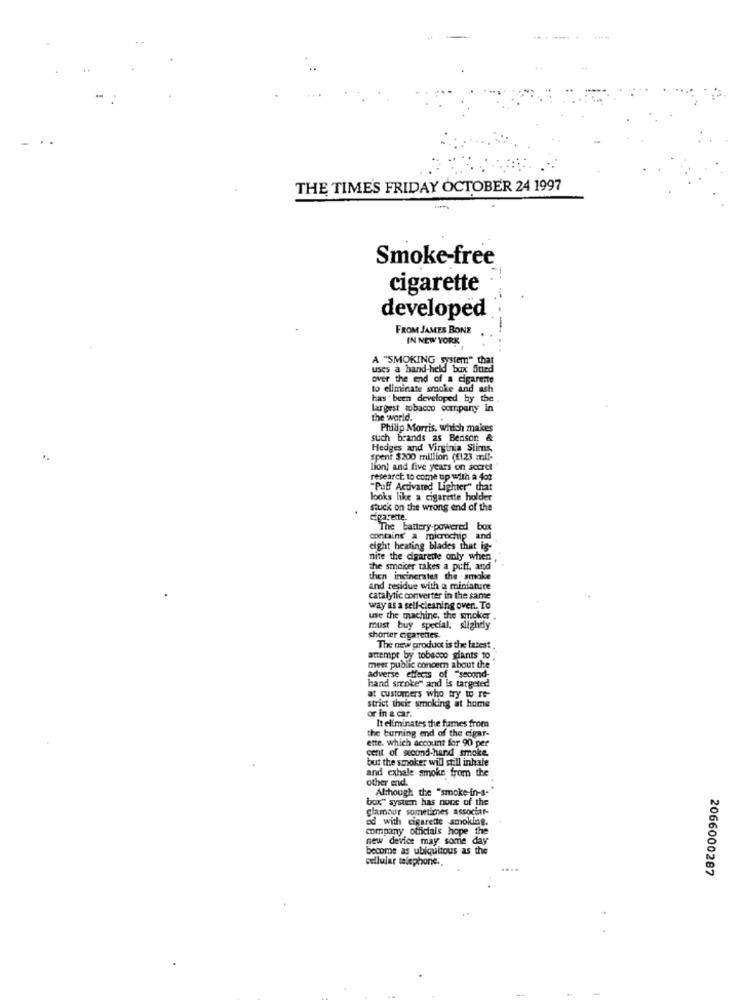
THE TIME'S FRIDAY OCTOBER 24 1997
-
Smoke-free
cigarette
developed
FROM JAMES BONE
----
IN NEW YORK
A "SMOKING system" that
uses a hand-held box fitted
over the end of a cigarette
to eliminate smoke and ash
has been developed by the
largest tobacco company in
the world.
Philip Morris, which makes
such brands as Benson &
Hedges and Virginia Slims,
spent $200 million (E123 mil-
lion) and five years on scoret
research. to come up with a 40z
"Puff Activared Lighter" that
looks like a cigarette holder
stuck on the wrong end of the
Cigarette.
The battery powered box
contains a microchip and
eight heating blades that is-
nite the cigarette only when
the smoker takes a puff. and
then inginerates the smoke
and residue with a miniature
catalytic converter in the same
way as a self-cleaning over .. To
use the machine, the smoker
must buy special, slightly
shorter cigarettes
The new product is the latest
attempt by tobacco giants to,
meer public concern about the
hand smoke" and is targeted
adverse effects of "second-
at customers who try to re-
strict their smoking at home
or in & car.
It eliminates the fumes from
the burning end of the cigar-
ette. which account for 90 per
cent of second-hand smoke,
but the smoker will still inhale
and exhale smoke from the
other end.
Although the "smoke-in-a-
box" system has none of the
glamour sometimes associar-
ed with cigarette smoking.
company officials hope the
new device may some day
become as ubiquitous as the
cellular telephone.
2066000287